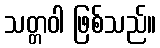
သတ္တဝါ ဖြစ်သည်။